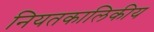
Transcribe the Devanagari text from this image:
नियतकालिकीय